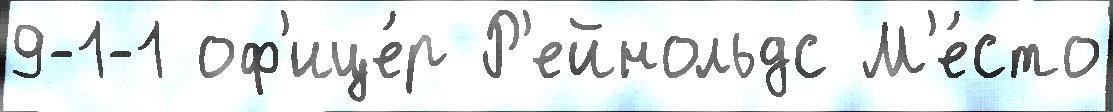
9-1-1 оф'ице́р Р'ейнольдс М'е́сто